Account of plague administration in the Bombay Presidency from September 1896 till May 1897
Year: 1896
Disease focus: Plague
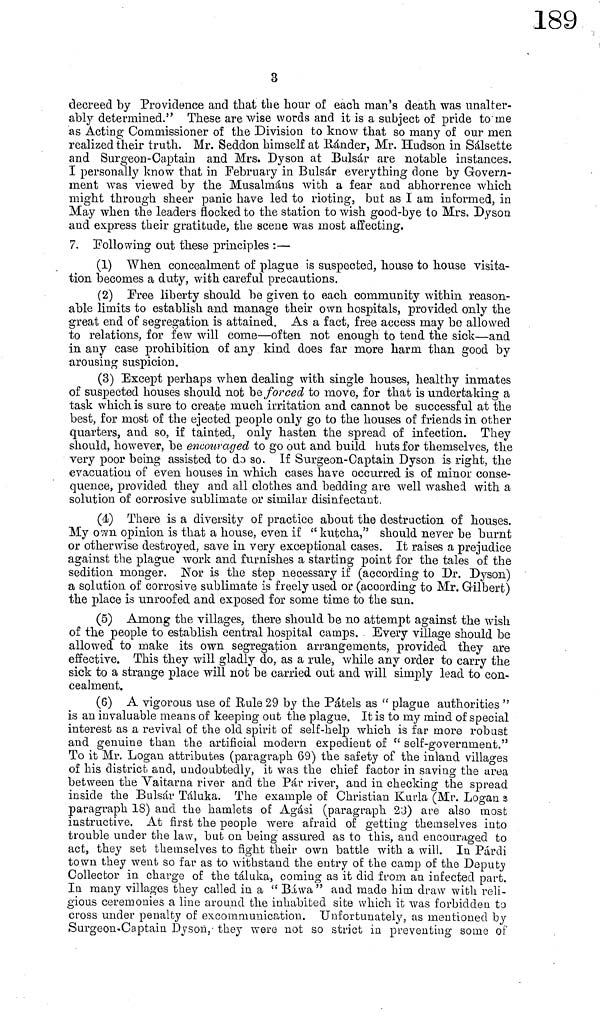
3
decreed by Providence and that the hour of each man's death was unalter-
ably determined." These are wise words and it is a subject of pride to me
as Acting Commissioner of the Division to know that so many of our men
realized their truth. Mr. Seddon himself at Rander, Mr. Hudson in Sálsette
and Surgeon-Captain and Mrs. Dyson at Bulsár are notable instances.
I personally know that in February in Bulsár everything done by Govern-
ment was viewed by the Musalmáns with a fear and abhorrence which
might through sheer panic have led to rioting, but as I am informed, in
May when the leaders flocked to the station to wish good-bye to Mrs. Dyson
and express their gratitude, the scene was most affecting.
7. Following out these principles :—
(1) When concealment of plague is suspected, house to house visita-
tion becomes a duty, with careful precautions.
(2) Free liberty should be given to each community within reason-
able limits to establish and manage their own hospitals, provided only the
great end of segregation is attained. As a fact, free access may be allowed
to relations, for few will come—often not enough to tend the sick—and
in any case prohibition of any kind does far more harm than good by
arousing suspicion.
(3) Except perhaps when dealing with single houses, healthy inmates
of suspected houses should not be forced to move, for that is undertaking a
task which is sure to create much irritation and cannot be successful at the
best, for most of the ejected people only go to the houses of friends in other
quarters, and so, if tainted, only hasten the spread of infection. They
should, however, be encouraged to go out and build huts for themselves, the
very poor being assisted to do so. If Surgeon-Captain Dyson is right, the
evacuation of even houses in which cases have occurred is of minor conse-
quence, provided they and all clothes and bedding are well washed with a
solution of corrosive sublimate or similar disinfectant.
(4) There is a diversity of practice about the destruction of houses.
My own opinion is that a house, even if " kutcha," should never be burnt
or otherwise destroyed, save in very exceptional cases. It raises a prejudice
against the plague work and furnishes a starting point for the tales of the
sedition monger. Nor is the step necessary if (according to Dr. Dyson)
a solution of corrosive sublimate is freely used or (according to Mr. Gilbert)
the place is unroofed and exposed for some time to the sun.
(5) Among the villages, there should be no attempt against the wish
of the people to establish central hospital camps. Every village should be
allowed to make its own segregation arrangements, provided they are
effective. This they will gladly do, as a rule, while any order to carry the
sick to a strange place will not be carried out and will simply lead to con-
cealment.
(6) A vigorous use of Rule 29 by the Pátels as " plague authorities "
is an invaluable means of keeping out the plague. It is to my mind of special
interest as a revival of the old spirit of self-help which is far more robust
and genuine than the artificial modern expedient of " self-government."
To it Mr. Logan attributes (paragraph 69) the safety of the inland villages
of his district and, undoubtedly, it was the chief factor in saving the area
between the Vaitarna river and the Pár river, and in checking the spread
inside the Bulsár Táluka. The example of Christian Kurla (Mr. Logan s
paragraph 18) and the hamlets of Agási (paragraph 23) are also most
instructive. At first the people were afraid of getting themselves into
trouble under the law, but on being assured as to this, and encouraged to
act, they set themselves to fight their own battle with a will. In Párdi
town they went so far as to withstand the entry of the camp of the Deputy
Collector in charge of the táluka, coming as it did from an infected part.
In many villages they called in a " Báwa " and made him draw with reli-
gious ceremonies a line around the inhabited site which it was forbidden to
cross under penalty of excommunication. Unfortunately, as mentioned by
Surgeon-Captain Dyson,· they were not so strict in preventing some of